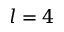
l = 4